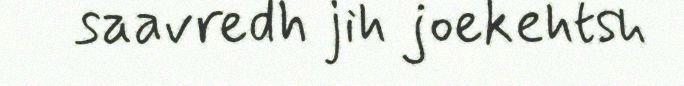
saavredh jih joekehtsh